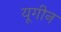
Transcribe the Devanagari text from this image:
यूगीन